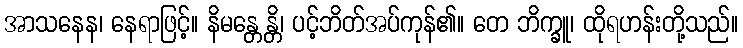
အာသနေန၊ နေရာဖြင့်။ နိမန္တေန္တိ၊ ပင့်ဘိတ်အပ်ကုန်၏။ တေ ဘိက္ခူ၊ ထိုရဟန်းတို့သည်။